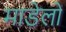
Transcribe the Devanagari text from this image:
माडेलों